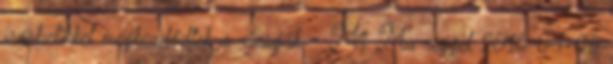
írásbelikkel megkezdődtek a vizsgák - M1 Ma reggel 2016-04-08